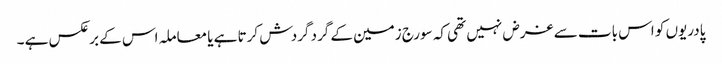
پادریوں کو اس بات سے غرض نہیں تھی کہ سورج زمین کے گرد گردش کرتا ہے یا معاملہ اس کے برعکس ہے ۔